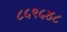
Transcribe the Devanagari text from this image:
८५९५४८